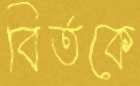
বির্তকে